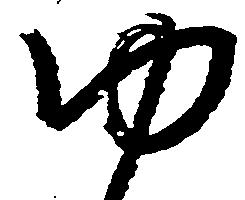
ゆ